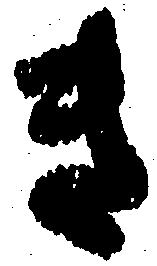
き